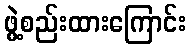
ဖွဲ့စည်းထားကြောင်း